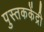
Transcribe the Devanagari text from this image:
पुस्तककेंद्री